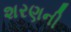
શરણની